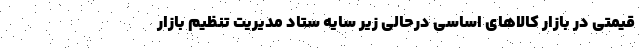
قیمتی در بازار کالاهای اساسی درحالی زیر سایه ستاد مدیریت تنظیم بازار